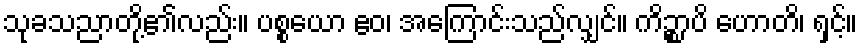
သုခသညာတို့၏လည်း။ ပစ္စယော ဧဝ၊ အကြောင်းသည်လျှင်။ ကိဉ္စာပိ ဟောတိ၊ ရှင့်။